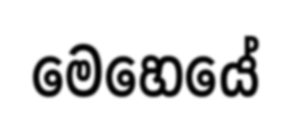
මෙහෙයේ